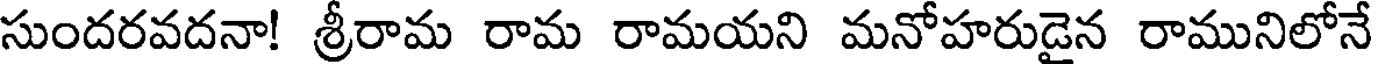
సుందరవదనా! శ్రీరామ రామ రామయని మనోహరుడైన రామునిలోనే